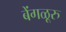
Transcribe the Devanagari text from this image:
बेंगळूरु